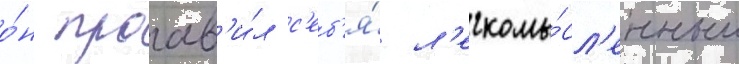
о́н проав'и́л с'еб'я́ л'егкомы́сл'енным